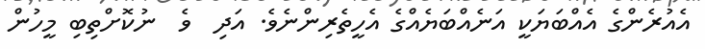
އެއުރެންގެ އެއްބަޔަކީ އަނެއްބަޔެއްގެ އެހީތެރިންނެވެ. އަދި  ވެ  ނުކޮށްތިބި މީހުން